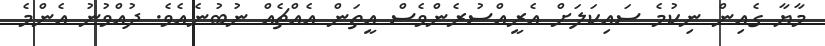
މާޔާ ގެއިން ނިކުމެ ސައިކަލަށް އެރީއްސުރެންވެސް އީތަން އެއްޗެއް ނުބުނެއެވެ. ދުއްވުނު އެންމެ